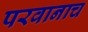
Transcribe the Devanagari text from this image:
परवानाच